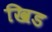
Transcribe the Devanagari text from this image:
खिड